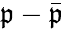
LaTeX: \mathfrak{p}-\bar{{\mathfrak{p}}}